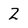
Character: Z